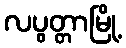
လပွတ္တာမြို့